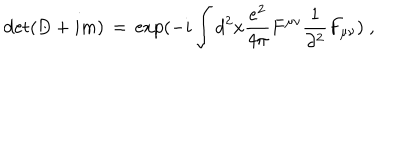
\det ( \not \! \! D + i m ) \, = \, \exp ( - i \int d ^ { 2 } x \frac { e ^ { 2 } } { 4 \pi } F ^ { \mu \nu } \frac { 1 } { \partial ^ { 2 } } F _ { \mu \nu } ) \; ,